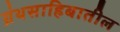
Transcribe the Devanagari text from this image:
ग्रंथसाहिबातील